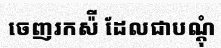
ចេញរកស៉ី ដែលជាបណ្តុំ